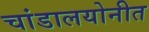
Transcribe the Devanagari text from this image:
चांडालयोनीत